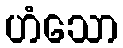
ဟံသော